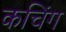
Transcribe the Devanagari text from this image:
कचिंग